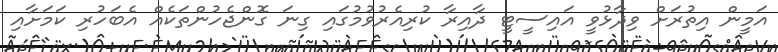
އަމީން އިތުރަށް ވިދާޅުވީ އައިސީޓީ ދާއިރާ ކުރިއެރުވުމުގައި ގިނަ ގޮންޖެހުންތަކެއް އެބަހުރި ކަމަށާއި